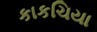
કાકચિયા